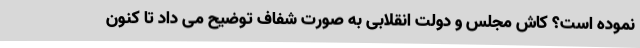
نموده است؟ کاش مجلس و دولت انقلابی به صورت شفاف توضیح می داد تا کنون